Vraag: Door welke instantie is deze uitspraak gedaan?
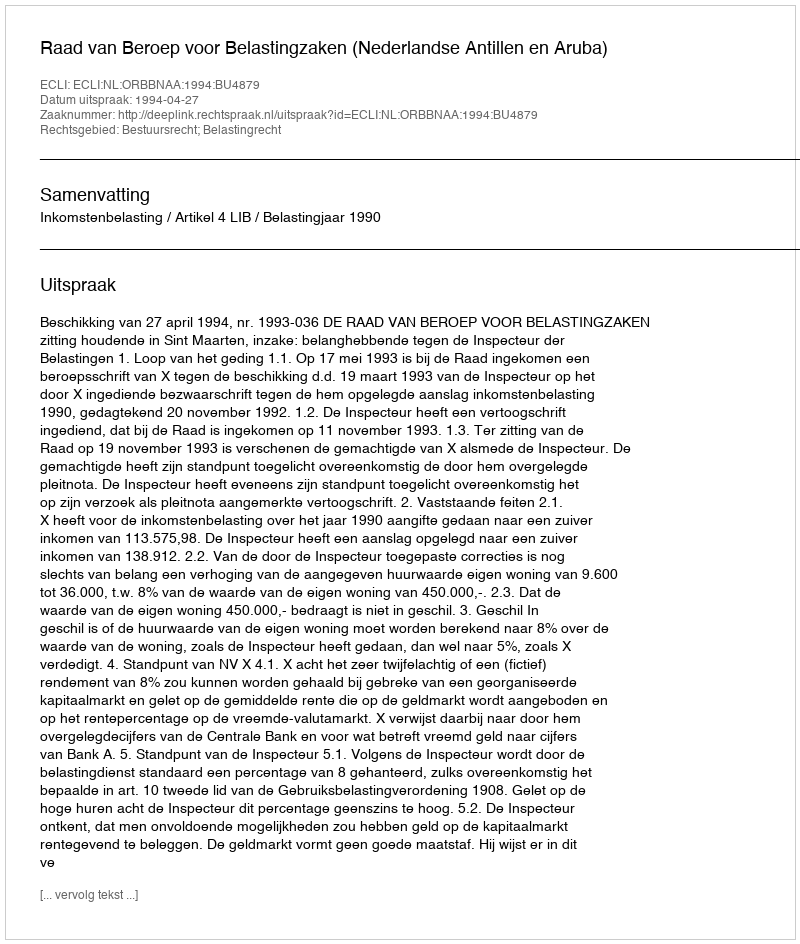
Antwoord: Raad van Beroep voor Belastingzaken (Nederlandse Antillen en Aruba)